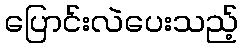
ပြောင်းလဲပေးသည့်